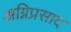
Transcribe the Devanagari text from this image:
अग्निप्रसाद